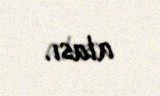
atası.